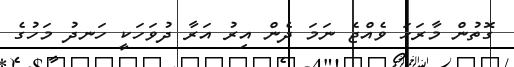
ގޮތުން މާރަހަ ވެއްޖެ ނަމަ ދެން އިރު އަރާ ދުވަހަކީ ހަނދު މަހުގެ